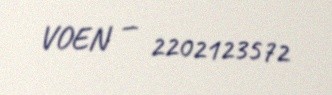
VOEN — 2202123572